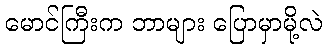
မောင်ကြီးက ဘာများ ပြောမှာမို့လဲ